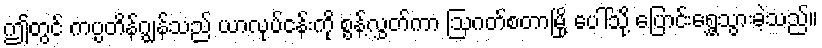
ဤတွင် ကပ္ပတိန်ဂျွန်သည် ယာလုပ်ငန်းကို စွန့်လွှတ်ကာ ဩဂတ်စတာမြို့ ပေါ်သို့ ပြောင်းရွှေ့သွားခဲ့သည်။